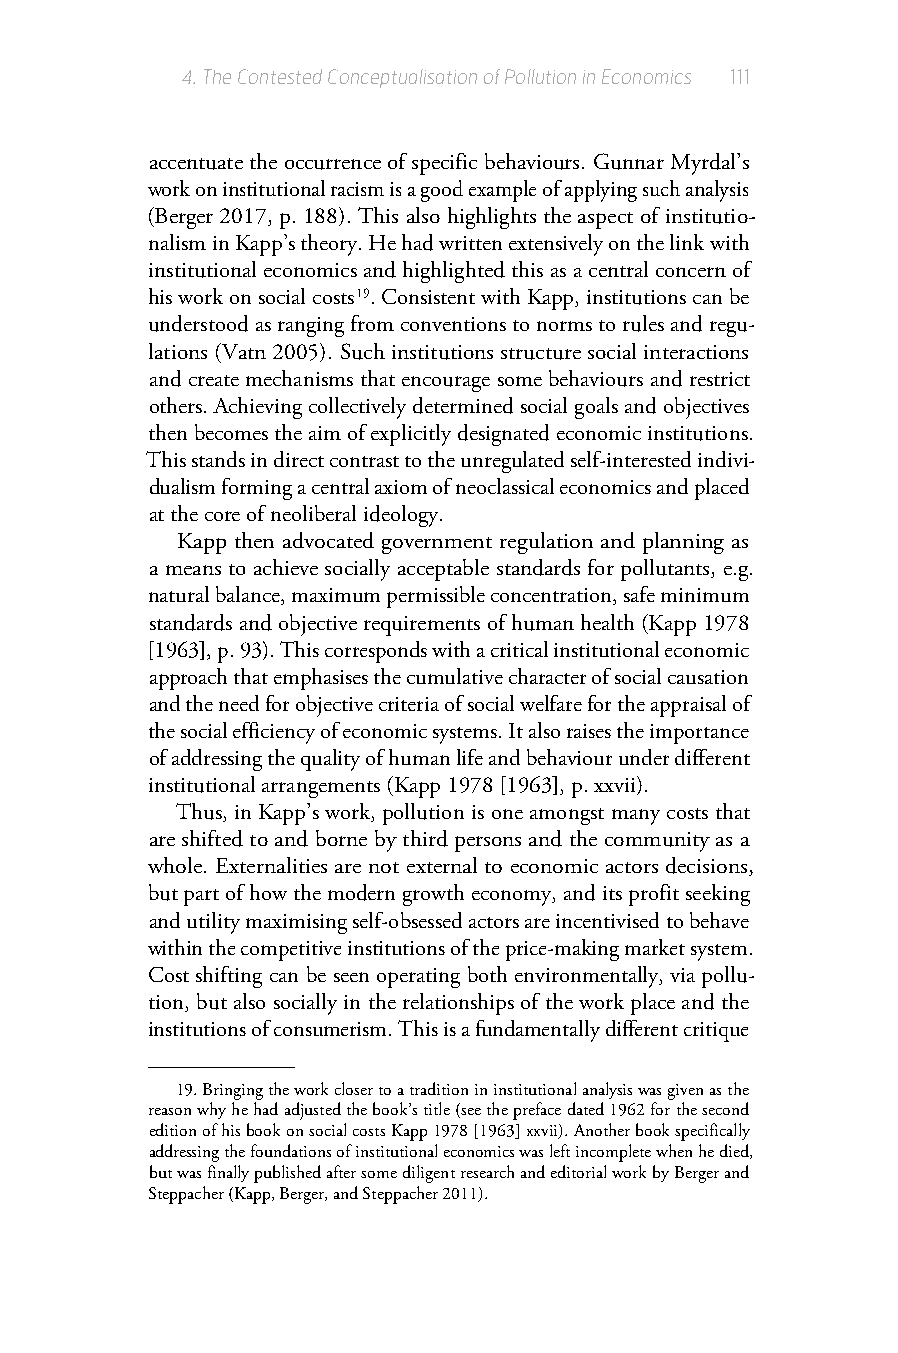
4.The Contested Conceptualisation of Pollution in Economics 111
 accentuate the occurrence of specific behaviours. Gunnar Myrdal’s
 work on institutional racism is a good example of applying such analysis
 (Berger 2017, p. 188). This also highlights the aspect of institutio-
 nalism in Kapp’s theory. He had written extensively on the link with
 institutional economics and highlighted this as a central concern of
 his work on social costs 19. Consistent with Kapp, institutions can be
 understood as ranging from conventions to norms to rules and regu-
 lations (Vatn 2005). Such institutions structure social interactions
 and create mechanisms that encourage some behaviours and restrict
 others. Achieving collectively determined social goals and objectives
 then becomes the aim of explicitly designated economic institutions.
 This stands in direct contrast to the unregulated self-interested indivi-
 dualism forming a central axiom of neoclassical economics and placed
 at the core of neoliberal ideology.
 Kapp then advocated government regulation and planning as
 a means to achieve socially acceptable standards for pollutants, e.g.
 natural balance, maximum permissible concentration, safe minimum
 standards and objective requirements of human health (Kapp 1978
 [1963], p. 93). This corresponds with a critical institutional economic
 approach that emphasises the cumulative character of social causation
 and the need for objective criteria of social welfare for the appraisal of
 the social efficiency of economic systems. It also raises the importance
 of addressing the quality of human life and behaviour under different
 institutional arrangements (Kapp 1978 [1963], p. xxvii).
 Thus, in Kapp’s work, pollution is one amongst many costs that
 are shifted to and borne by third persons and the community as a
 whole. Externalities are not external to economic actors decisions,
 but part of how the modern growth economy, and its profit seeking
 and utility maximising self-obsessed actors are incentivised to behave
 within the competitive institutions of the price-making market system.
 Cost shifting can be seen operating both environmentally, via pollu-
 tion, but also socially in the relationships of the work place and the
 institutions of consumerism. This is a fundamentally different critique
 19.Bringing the work closer to a tradition in institutional analysis was given as the
 reason why he had adjusted the book’s title (see the preface dated 1962 for the second
 edition of his book on social costs Kapp 1978 [1963] xxvii). Another book specifically
 addressing the foundations of institutional economics was left incomplete when he died,
 but was finally published after some diligent research and editorial work by Berger and
 Steppacher (Kapp, Berger, and Steppacher 2011).